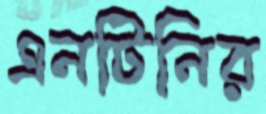
এনটিনির